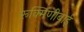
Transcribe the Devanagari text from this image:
रूक्मिणीबाई